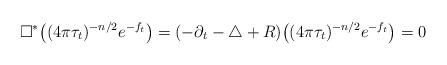
LaTeX: \begin{align*} \square^* \big( (4\pi \tau_t)^{-n/2} e^{-f_t} \big)=(-\partial_t - \triangle + R) \big( (4\pi \tau_t)^{-n/2} e^{-f_t} \big) = 0 \end{align*}